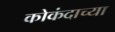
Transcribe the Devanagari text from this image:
कोकंदाच्या